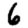
Digit: 6